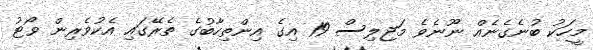
މީހަކު ބުނެގެނެއް ނޫނެވެ މަޖިލިސް 19 އިގެ އިންތިހާބުގެ ތެރޭގައި އެކުވެރިން ވޯޓު